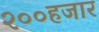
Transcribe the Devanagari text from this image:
२००हजार